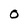
Character: 0